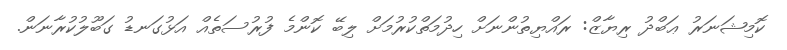
ކޮމިޝަނަރު ޢަބްދު ރިޔާޒް: ރައްޔިތުންނަށް ހިދުމަތްކުރުމަށް ލިބޭ ކޮންމެ ފުރުސަތެއް އަޅުގަނޑު ގަބޫލުކުރާނަން.